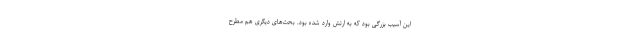
این آسیب بزرگی بود که به ارتش وارد شده بود. بحث‌های دیگری هم مطرح